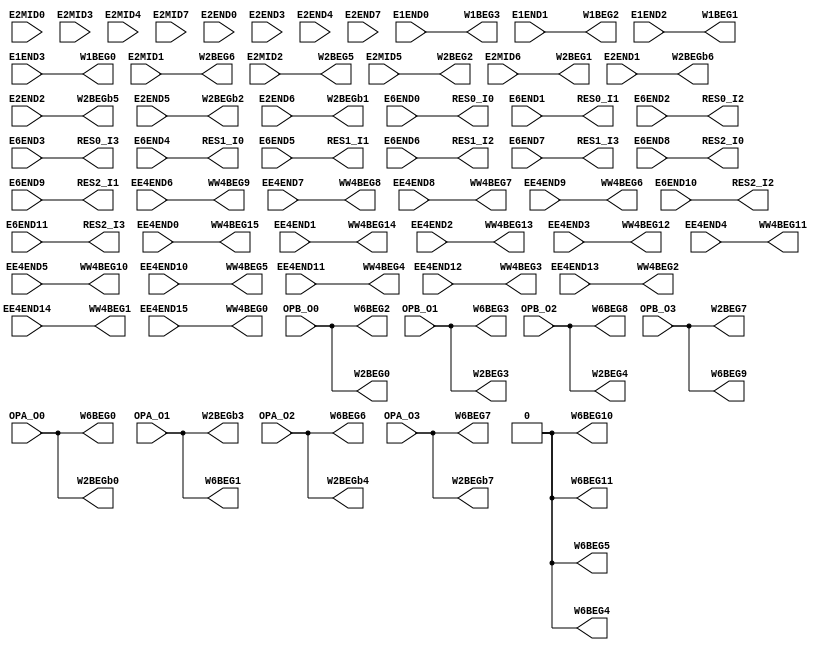
// SPDX-FileCopyrightText: 2020 Nguyen Dao
//
// Licensed under the Apache License, Version 2.0 (the "License");
// you may not use this file except in compliance with the License.
// You may obtain a copy of the License at
//
//      http://www.apache.org/licenses/LICENSE-2.0
//
// Unless required by applicable law or agreed to in writing, software
// distributed under the License is distributed on an "AS IS" BASIS,
// WITHOUT WARRANTIES OR CONDITIONS OF ANY KIND, either express or implied.
// See the License for the specific language governing permissions and
// limitations under the License.
// SPDX-License-Identifier: Apache-2.0

//NumberOfConfigBits:0
module E_CPU_IO_switch_matrix (E1END0, E1END1, E1END2, E1END3, E2MID0, E2MID1, E2MID2, E2MID3, E2MID4, E2MID5, E2MID6, E2MID7, E2END0, E2END1, E2END2, E2END3, E2END4, E2END5, E2END6, E2END7, EE4END0, EE4END1, EE4END2, EE4END3, EE4END4, EE4END5, EE4END6, EE4END7, EE4END8, EE4END9, EE4END10, EE4END11, EE4END12, EE4END13, EE4END14, EE4END15, E6END0, E6END1, E6END2, E6END3, E6END4, E6END5, E6END6, E6END7, E6END8, E6END9, E6END10, E6END11, OPA_O0, OPA_O1, OPA_O2, OPA_O3, OPB_O0, OPB_O1, OPB_O2, OPB_O3, W1BEG0, W1BEG1, W1BEG2, W1BEG3, W2BEG0, W2BEG1, W2BEG2, W2BEG3, W2BEG4, W2BEG5, W2BEG6, W2BEG7, W2BEGb0, W2BEGb1, W2BEGb2, W2BEGb3, W2BEGb4, W2BEGb5, W2BEGb6, W2BEGb7, WW4BEG0, WW4BEG1, WW4BEG2, WW4BEG3, WW4BEG4, WW4BEG5, WW4BEG6, WW4BEG7, WW4BEG8, WW4BEG9, WW4BEG10, WW4BEG11, WW4BEG12, WW4BEG13, WW4BEG14, WW4BEG15, W6BEG0, W6BEG1, W6BEG2, W6BEG3, W6BEG4, W6BEG5, W6BEG6, W6BEG7, W6BEG8, W6BEG9, W6BEG10, W6BEG11, RES0_I0, RES0_I1, RES0_I2, RES0_I3, RES1_I0, RES1_I1, RES1_I2, RES1_I3, RES2_I0, RES2_I1, RES2_I2, RES2_I3);
	parameter NoConfigBits = 0;
	 // switch matrix inputs
	input E1END0;
	input E1END1;
	input E1END2;
	input E1END3;
	input E2MID0;
	input E2MID1;
	input E2MID2;
	input E2MID3;
	input E2MID4;
	input E2MID5;
	input E2MID6;
	input E2MID7;
	input E2END0;
	input E2END1;
	input E2END2;
	input E2END3;
	input E2END4;
	input E2END5;
	input E2END6;
	input E2END7;
	input EE4END0;
	input EE4END1;
	input EE4END2;
	input EE4END3;
	input EE4END4;
	input EE4END5;
	input EE4END6;
	input EE4END7;
	input EE4END8;
	input EE4END9;
	input EE4END10;
	input EE4END11;
	input EE4END12;
	input EE4END13;
	input EE4END14;
	input EE4END15;
	input E6END0;
	input E6END1;
	input E6END2;
	input E6END3;
	input E6END4;
	input E6END5;
	input E6END6;
	input E6END7;
	input E6END8;
	input E6END9;
	input E6END10;
	input E6END11;
	input OPA_O0;
	input OPA_O1;
	input OPA_O2;
	input OPA_O3;
	input OPB_O0;
	input OPB_O1;
	input OPB_O2;
	input OPB_O3;
	output W1BEG0;
	output W1BEG1;
	output W1BEG2;
	output W1BEG3;
	output W2BEG0;
	output W2BEG1;
	output W2BEG2;
	output W2BEG3;
	output W2BEG4;
	output W2BEG5;
	output W2BEG6;
	output W2BEG7;
	output W2BEGb0;
	output W2BEGb1;
	output W2BEGb2;
	output W2BEGb3;
	output W2BEGb4;
	output W2BEGb5;
	output W2BEGb6;
	output W2BEGb7;
	output WW4BEG0;
	output WW4BEG1;
	output WW4BEG2;
	output WW4BEG3;
	output WW4BEG4;
	output WW4BEG5;
	output WW4BEG6;
	output WW4BEG7;
	output WW4BEG8;
	output WW4BEG9;
	output WW4BEG10;
	output WW4BEG11;
	output WW4BEG12;
	output WW4BEG13;
	output WW4BEG14;
	output WW4BEG15;
	output W6BEG0;
	output W6BEG1;
	output W6BEG2;
	output W6BEG3;
	output W6BEG4;
	output W6BEG5;
	output W6BEG6;
	output W6BEG7;
	output W6BEG8;
	output W6BEG9;
	output W6BEG10;
	output W6BEG11;
	output RES0_I0;
	output RES0_I1;
	output RES0_I2;
	output RES0_I3;
	output RES1_I0;
	output RES1_I1;
	output RES1_I2;
	output RES1_I3;
	output RES2_I0;
	output RES2_I1;
	output RES2_I2;
	output RES2_I3;
	//global


	parameter GND0 = 1'b0;
	parameter GND = 1'b0;
	parameter VCC0 = 1'b1;
	parameter VCC = 1'b1;
	parameter VDD0 = 1'b1;
	parameter VDD = 1'b1;
	
	wire [1-1:0] W1BEG0_input;
	wire [1-1:0] W1BEG1_input;
	wire [1-1:0] W1BEG2_input;
	wire [1-1:0] W1BEG3_input;
	wire [1-1:0] W2BEG0_input;
	wire [1-1:0] W2BEG1_input;
	wire [1-1:0] W2BEG2_input;
	wire [1-1:0] W2BEG3_input;
	wire [1-1:0] W2BEG4_input;
	wire [1-1:0] W2BEG5_input;
	wire [1-1:0] W2BEG6_input;
	wire [1-1:0] W2BEG7_input;
	wire [1-1:0] W2BEGb0_input;
	wire [1-1:0] W2BEGb1_input;
	wire [1-1:0] W2BEGb2_input;
	wire [1-1:0] W2BEGb3_input;
	wire [1-1:0] W2BEGb4_input;
	wire [1-1:0] W2BEGb5_input;
	wire [1-1:0] W2BEGb6_input;
	wire [1-1:0] W2BEGb7_input;
	wire [1-1:0] WW4BEG0_input;
	wire [1-1:0] WW4BEG1_input;
	wire [1-1:0] WW4BEG2_input;
	wire [1-1:0] WW4BEG3_input;
	wire [1-1:0] WW4BEG4_input;
	wire [1-1:0] WW4BEG5_input;
	wire [1-1:0] WW4BEG6_input;
	wire [1-1:0] WW4BEG7_input;
	wire [1-1:0] WW4BEG8_input;
	wire [1-1:0] WW4BEG9_input;
	wire [1-1:0] WW4BEG10_input;
	wire [1-1:0] WW4BEG11_input;
	wire [1-1:0] WW4BEG12_input;
	wire [1-1:0] WW4BEG13_input;
	wire [1-1:0] WW4BEG14_input;
	wire [1-1:0] WW4BEG15_input;
	wire [1-1:0] W6BEG0_input;
	wire [1-1:0] W6BEG1_input;
	wire [1-1:0] W6BEG2_input;
	wire [1-1:0] W6BEG3_input;
	wire [1-1:0] W6BEG4_input;
	wire [1-1:0] W6BEG5_input;
	wire [1-1:0] W6BEG6_input;
	wire [1-1:0] W6BEG7_input;
	wire [1-1:0] W6BEG8_input;
	wire [1-1:0] W6BEG9_input;
	wire [1-1:0] W6BEG10_input;
	wire [1-1:0] W6BEG11_input;
	wire [1-1:0] RES0_I0_input;
	wire [1-1:0] RES0_I1_input;
	wire [1-1:0] RES0_I2_input;
	wire [1-1:0] RES0_I3_input;
	wire [1-1:0] RES1_I0_input;
	wire [1-1:0] RES1_I1_input;
	wire [1-1:0] RES1_I2_input;
	wire [1-1:0] RES1_I3_input;
	wire [1-1:0] RES2_I0_input;
	wire [1-1:0] RES2_I1_input;
	wire [1-1:0] RES2_I2_input;
	wire [1-1:0] RES2_I3_input;


// The configuration bits (if any) are just a long shift register

// This shift register is padded to an even number of flops/latches
// switch matrix multiplexer  W1BEG0 		MUX-1
	assign W1BEG0 = E1END3;
// switch matrix multiplexer  W1BEG1 		MUX-1
	assign W1BEG1 = E1END2;
// switch matrix multiplexer  W1BEG2 		MUX-1
	assign W1BEG2 = E1END1;
// switch matrix multiplexer  W1BEG3 		MUX-1
	assign W1BEG3 = E1END0;
// switch matrix multiplexer  W2BEG0 		MUX-1
	assign W2BEG0 = OPB_O0;
// switch matrix multiplexer  W2BEG1 		MUX-1
	assign W2BEG1 = E2MID6;
// switch matrix multiplexer  W2BEG2 		MUX-1
	assign W2BEG2 = E2MID5;
// switch matrix multiplexer  W2BEG3 		MUX-1
	assign W2BEG3 = OPB_O1;
// switch matrix multiplexer  W2BEG4 		MUX-1
	assign W2BEG4 = OPB_O2;
// switch matrix multiplexer  W2BEG5 		MUX-1
	assign W2BEG5 = E2MID2;
// switch matrix multiplexer  W2BEG6 		MUX-1
	assign W2BEG6 = E2MID1;
// switch matrix multiplexer  W2BEG7 		MUX-1
	assign W2BEG7 = OPB_O3;
// switch matrix multiplexer  W2BEGb0 		MUX-1
	assign W2BEGb0 = OPA_O0;
// switch matrix multiplexer  W2BEGb1 		MUX-1
	assign W2BEGb1 = E2END6;
// switch matrix multiplexer  W2BEGb2 		MUX-1
	assign W2BEGb2 = E2END5;
// switch matrix multiplexer  W2BEGb3 		MUX-1
	assign W2BEGb3 = OPA_O1;
// switch matrix multiplexer  W2BEGb4 		MUX-1
	assign W2BEGb4 = OPA_O2;
// switch matrix multiplexer  W2BEGb5 		MUX-1
	assign W2BEGb5 = E2END2;
// switch matrix multiplexer  W2BEGb6 		MUX-1
	assign W2BEGb6 = E2END1;
// switch matrix multiplexer  W2BEGb7 		MUX-1
	assign W2BEGb7 = OPA_O3;
// switch matrix multiplexer  WW4BEG0 		MUX-1
	assign WW4BEG0 = EE4END15;
// switch matrix multiplexer  WW4BEG1 		MUX-1
	assign WW4BEG1 = EE4END14;
// switch matrix multiplexer  WW4BEG2 		MUX-1
	assign WW4BEG2 = EE4END13;
// switch matrix multiplexer  WW4BEG3 		MUX-1
	assign WW4BEG3 = EE4END12;
// switch matrix multiplexer  WW4BEG4 		MUX-1
	assign WW4BEG4 = EE4END11;
// switch matrix multiplexer  WW4BEG5 		MUX-1
	assign WW4BEG5 = EE4END10;
// switch matrix multiplexer  WW4BEG6 		MUX-1
	assign WW4BEG6 = EE4END9;
// switch matrix multiplexer  WW4BEG7 		MUX-1
	assign WW4BEG7 = EE4END8;
// switch matrix multiplexer  WW4BEG8 		MUX-1
	assign WW4BEG8 = EE4END7;
// switch matrix multiplexer  WW4BEG9 		MUX-1
	assign WW4BEG9 = EE4END6;
// switch matrix multiplexer  WW4BEG10 		MUX-1
	assign WW4BEG10 = EE4END5;
// switch matrix multiplexer  WW4BEG11 		MUX-1
	assign WW4BEG11 = EE4END4;
// switch matrix multiplexer  WW4BEG12 		MUX-1
	assign WW4BEG12 = EE4END3;
// switch matrix multiplexer  WW4BEG13 		MUX-1
	assign WW4BEG13 = EE4END2;
// switch matrix multiplexer  WW4BEG14 		MUX-1
	assign WW4BEG14 = EE4END1;
// switch matrix multiplexer  WW4BEG15 		MUX-1
	assign WW4BEG15 = EE4END0;
// switch matrix multiplexer  W6BEG0 		MUX-1
	assign W6BEG0 = OPA_O0;
// switch matrix multiplexer  W6BEG1 		MUX-1
	assign W6BEG1 = OPA_O1;
// switch matrix multiplexer  W6BEG2 		MUX-1
	assign W6BEG2 = OPB_O0;
// switch matrix multiplexer  W6BEG3 		MUX-1
	assign W6BEG3 = OPB_O1;
// switch matrix multiplexer  W6BEG4 		MUX-1
	assign W6BEG4 = GND0;
// switch matrix multiplexer  W6BEG5 		MUX-1
	assign W6BEG5 = GND0;
// switch matrix multiplexer  W6BEG6 		MUX-1
	assign W6BEG6 = OPA_O2;
// switch matrix multiplexer  W6BEG7 		MUX-1
	assign W6BEG7 = OPA_O3;
// switch matrix multiplexer  W6BEG8 		MUX-1
	assign W6BEG8 = OPB_O2;
// switch matrix multiplexer  W6BEG9 		MUX-1
	assign W6BEG9 = OPB_O3;
// switch matrix multiplexer  W6BEG10 		MUX-1
	assign W6BEG10 = GND0;
// switch matrix multiplexer  W6BEG11 		MUX-1
	assign W6BEG11 = GND0;
// switch matrix multiplexer  RES0_I0 		MUX-1
	assign RES0_I0 = E6END0;
// switch matrix multiplexer  RES0_I1 		MUX-1
	assign RES0_I1 = E6END1;
// switch matrix multiplexer  RES0_I2 		MUX-1
	assign RES0_I2 = E6END2;
// switch matrix multiplexer  RES0_I3 		MUX-1
	assign RES0_I3 = E6END3;
// switch matrix multiplexer  RES1_I0 		MUX-1
	assign RES1_I0 = E6END4;
// switch matrix multiplexer  RES1_I1 		MUX-1
	assign RES1_I1 = E6END5;
// switch matrix multiplexer  RES1_I2 		MUX-1
	assign RES1_I2 = E6END6;
// switch matrix multiplexer  RES1_I3 		MUX-1
	assign RES1_I3 = E6END7;
// switch matrix multiplexer  RES2_I0 		MUX-1
	assign RES2_I0 = E6END8;
// switch matrix multiplexer  RES2_I1 		MUX-1
	assign RES2_I1 = E6END9;
// switch matrix multiplexer  RES2_I2 		MUX-1
	assign RES2_I2 = E6END10;
// switch matrix multiplexer  RES2_I3 		MUX-1
	assign RES2_I3 = E6END11;

endmodule